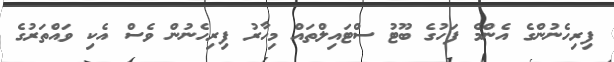
ފިރިހެނުންގެ އެންމެ ފަހުގެ ބޫޓު ސްޓައިލްތައް މިހާރު ފިރިހެނުން ވެސް އެކި ވައްތަރުގެ